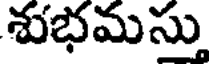
శుభమస్తు